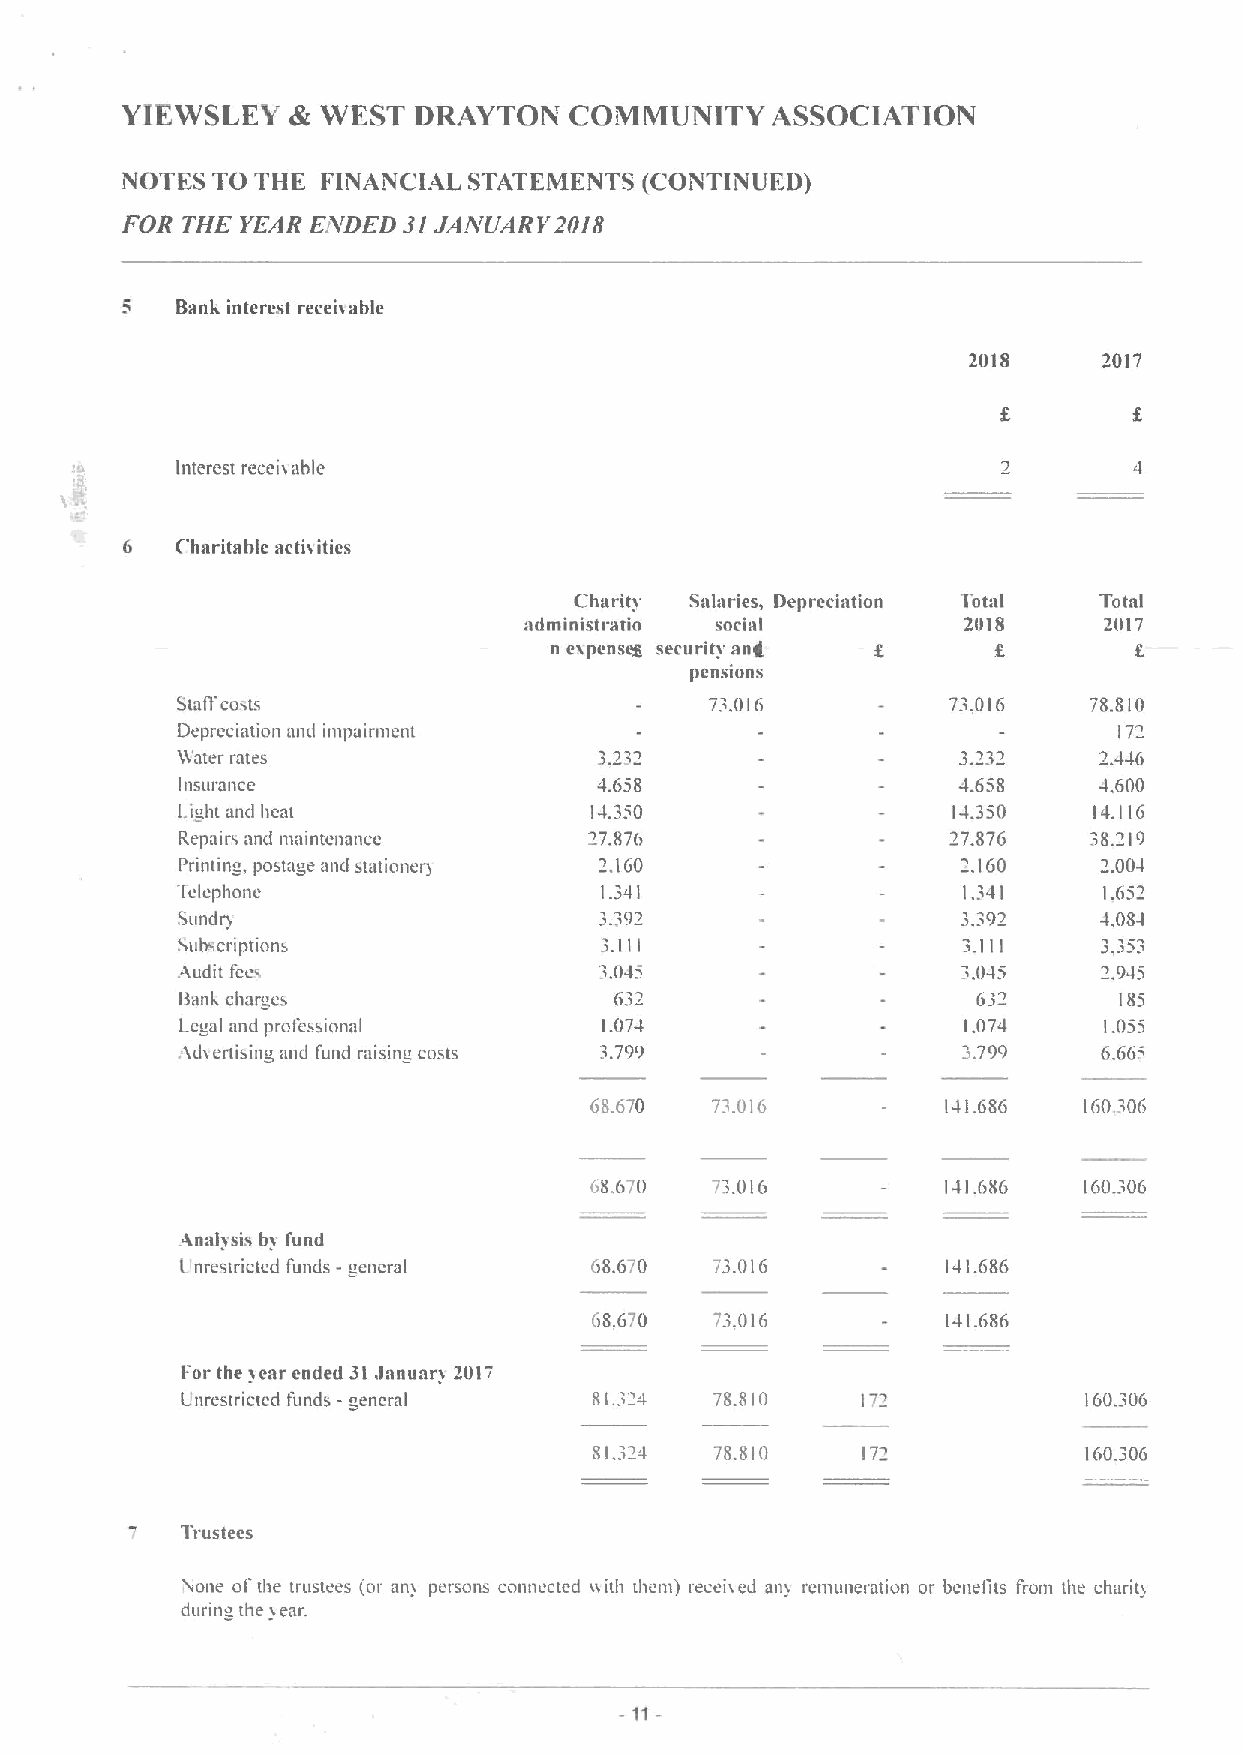
YIEWSLEY   & WEST  DRAYTON    COMMUNITY    ASSOCIATION
 NOTES TO THE FINAIVCIAL STATEMENTS (CONTIIVUED)
 FOR THE YEAR E/VDED 3I JAJVUARY20I8
 5   Bang interest recei)able
 21118    2017
 interest recei) able
 6   Charitable acti)ities
 Charity Salaries, Depreciation 1otal Total
 admioistratio social         21118    2017
 n espenseg security ant                8
 pensiuns
 Staffco~ts                         73.016          73.016   78.810
 Depreciation aml impairment                                   17"
 Water rates                                                  2.446
 Insurance                   4.658                  4.658     -1.600
 Li ht an&i heat            14.350                  14.350   14.116
 Repairs and maintenance    27.876                  27.876   38.219
 '.
 Pill)I)n, postage an&i sttltlonerl 2.160             160     2,004
 1elephonc                   1.341                   1.341    1.652
 Sundr&                      3,392                   3,39     4.084
 Subscriptions               3.111                   3.111    3 3o1
 !.
 Audit fees                   045                    3.045    '2.945
 ftanh charges                632                     632      183
 Legal and professional      1.074                   1.074    1.055
 Ad)enising and fund raising costs 3.799             3.799    6.665
 68.670  7 .016          141.686  160.30G
 68.670  73.01G          141.686  160.306
 Anai5sfs bs fund
 I nrestricted funds - eneral 68.G/0 73.016         141.686
 68.670  73.016          141.686
 For the sear ended 3l, lanuar) 21117
 L'nrestricted tunds -general 81.324 78.810                  160.306
 81.324  78.810    172            160.306
 lrustees
 stone of' the trustees (or an) persons connected nith them) recel) etl anl )'en)toleration or benefits from the charit)
 during the
 )ear.
 - 11—